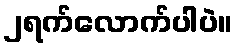
၂ရက်လောက်ပါပဲ။